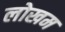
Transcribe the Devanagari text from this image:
लोखम